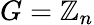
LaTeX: G=\mathbb{Z}_{n}